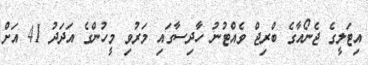
އިޓަލީގެ ޖެނޯއާގެ ބްރިޖް ވެއްޓުނު ހާދިސާގައި މަރުވި މީހުންގެ އަދަދު 41 އަށް